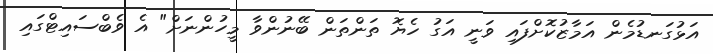
އަޅުގަނޑުމެން އަމާޒުކޮށްފައި ވަނީ އަގު ހެޔޮ ތަންތަން ބޭނުންވާ މީހުންނަށް" އެ ވެބްސައިޓްގައި